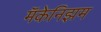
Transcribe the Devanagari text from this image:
मॅकेनिझम